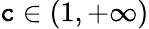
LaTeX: \mathtt{c}\in(1,+\infty)